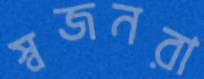
স্বজনরা